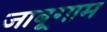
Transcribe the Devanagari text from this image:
जाबूगाम